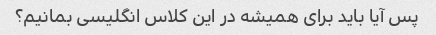
پس آیا باید برای همیشه در این کلاس انگلیسی بمانیم؟